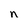
Character: n